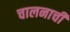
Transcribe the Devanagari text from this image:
चालनाची